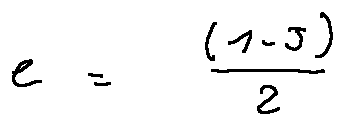
e = \frac { ( 1 - j ) } { 2 }